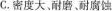
C.密度大、耐磨。耐腐蚀